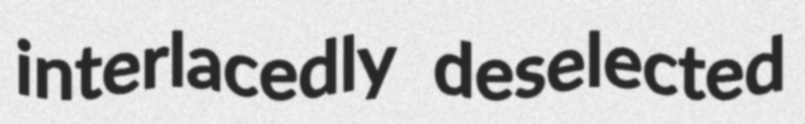
interlacedly deselected